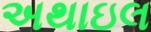
અથાઇલ